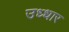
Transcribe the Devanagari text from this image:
उध्धार